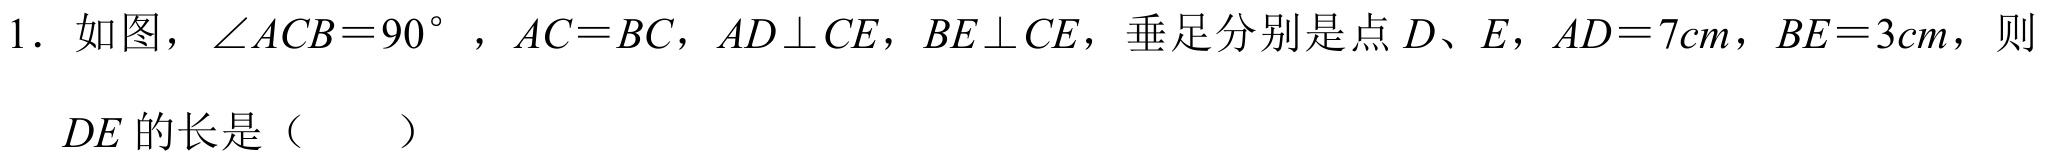
1. 如图，\(\angle ACB = 90^{\circ}\)，\(AC = BC\)，\(AD\perp CE\)，\(BE\perp CE\)，垂足分别是点\(D、E\)，\(AD = 7cm\)，\(BE = 3cm\)，则
\(DE\)的长是（  ）